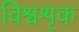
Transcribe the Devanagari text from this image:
विश्वशृक